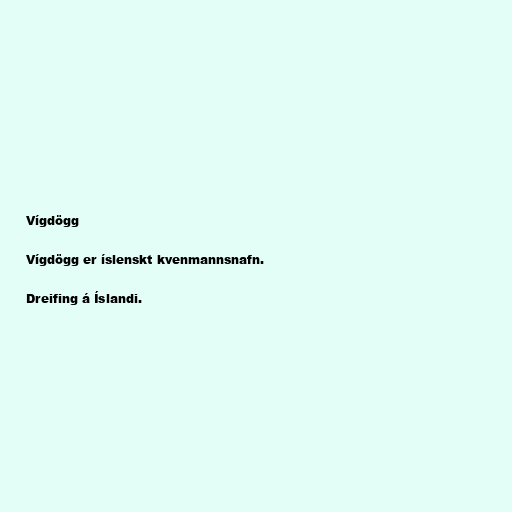
Vígdögg

Vígdögg er íslenskt kvenmannsnafn.

Dreifing á Íslandi.